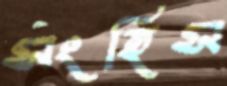
সংহিস